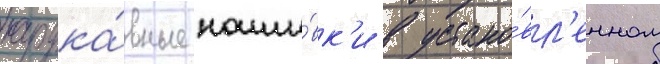
нарука́вные наши́вк'и в устано́вл'енном